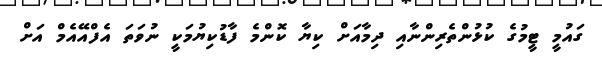
ގައުމީ ޓީމުގެ ކުޅުންތެރިންނާއި ދިމާއަށް ކިޔާ ކޮންމެ ފާޑުކިޔުމަކީ ނުވަތަ އެފްއޭއެމް އަށް